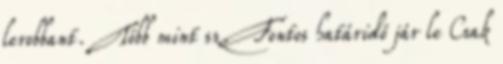
lerobbant. Több mint sz. Fontos határidő jár le Csak